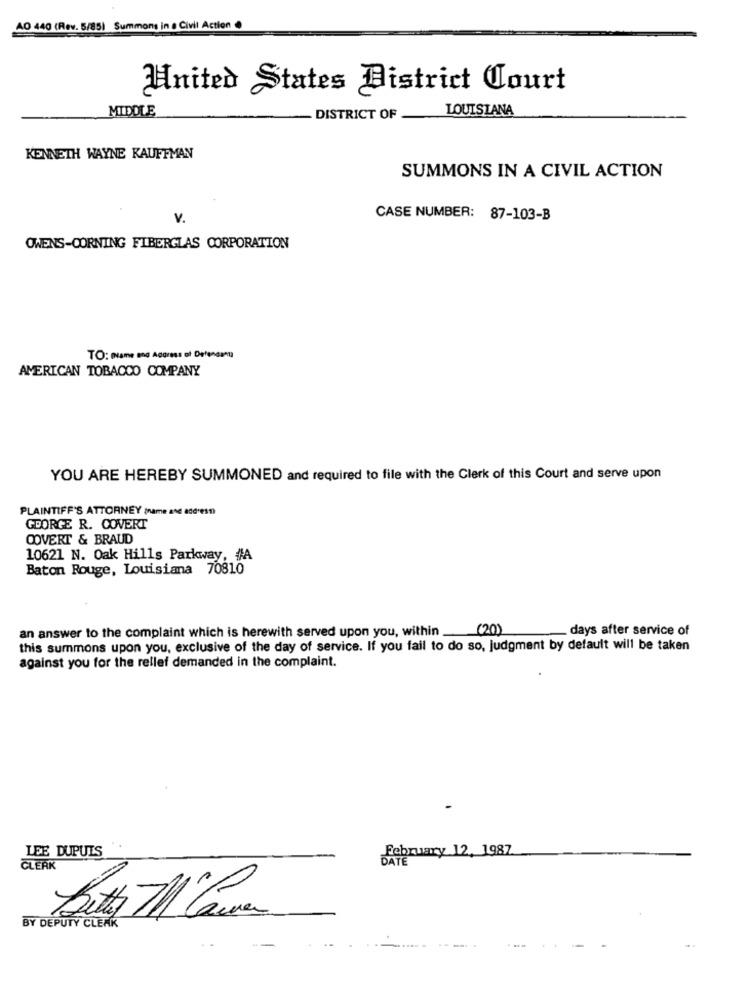
AO 440 (Rev. 5/85) Summons in a Civil Action .
United States District Court
MIDDLE
LOUISIANA
DISTRICT OF
KENNETH WAYNE KAUFFMAN
SUMMONS IN A CIVIL ACTION
V.
CASE NUMBER: 87-103-B
OWENS-CORNING FIBERGLAS CORPORATION
TO: Name ang Aggress of Defensamu
AMERICAN TOBACCO COMPANY
YOU ARE HEREBY SUMMONED and required to file with the Clerk of this Court and serve upon
PLAINTIFF'S ATTORNEY (name and address)
GEORGE R. COVERT
COVERT & BRAUD
10621 N. Oak Hills Parkway, #A
Baton Rouge, Louisiana 70810
an answer to the complaint which is herewith served upon you, within _(20)
days after service of
this summons upon you, exclusive of the day of service. If you fail to do so, judgment by default will be taken
against you for the rellef demanded in the complaint.
LEE DUPUIS
February 12, 1987
CLERK
BY DEPUTY CLEAK